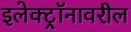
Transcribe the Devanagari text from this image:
इलेक्ट्रॉनावरील